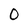
Character: 0